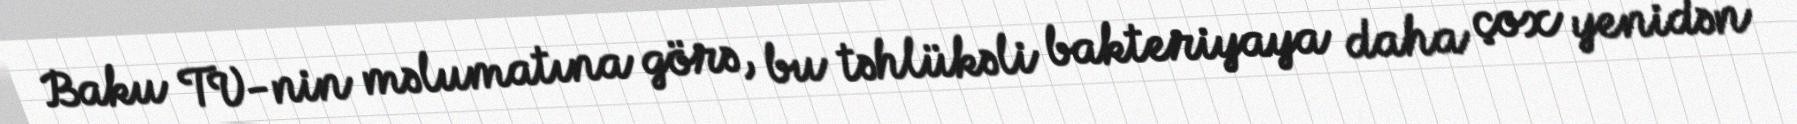
Baku TV-nin məlumatına görə, bu təhlükəli bakteriyaya daha çox yenidən